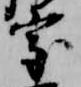
室